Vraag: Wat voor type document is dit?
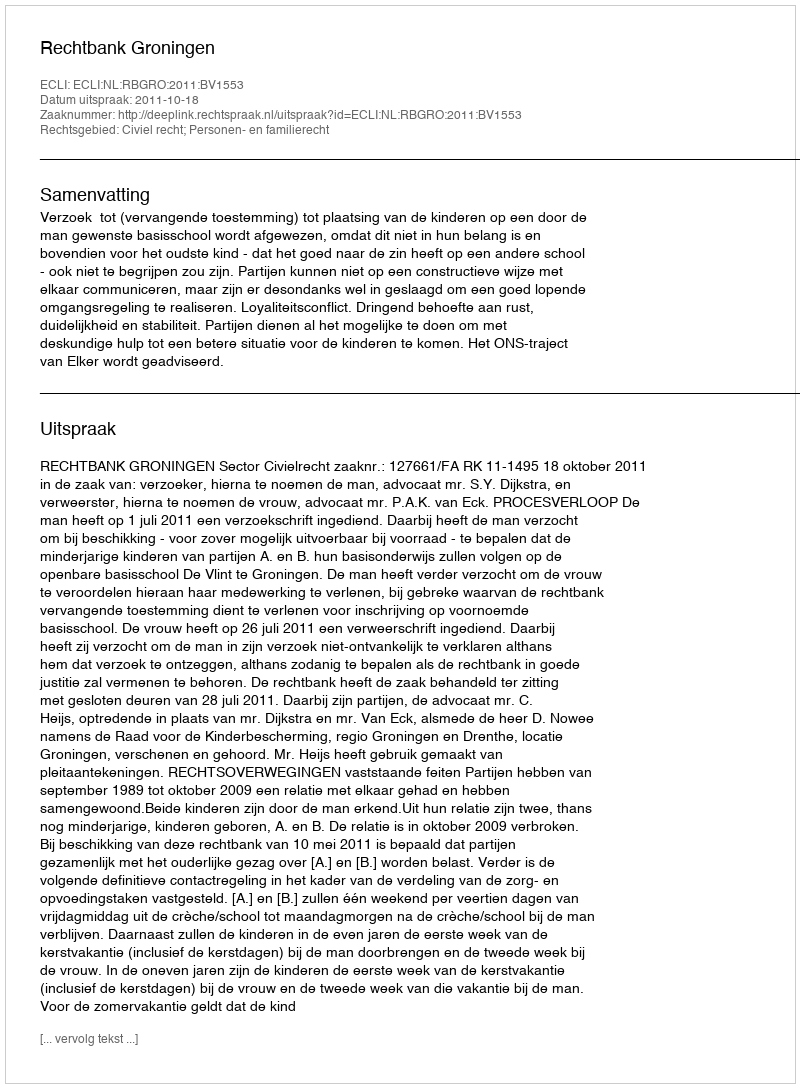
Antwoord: Uitspraak